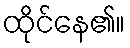
ထိုင်နေ၏။